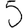
Digit: 5